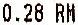
0.28 RM